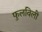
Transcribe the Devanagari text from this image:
फुलविली